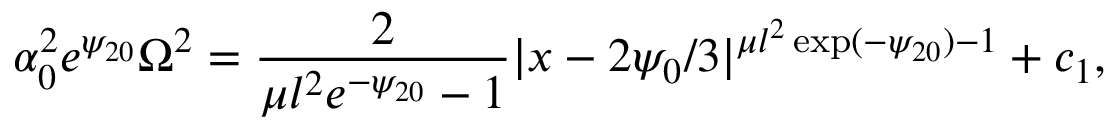
\alpha _ { 0 } ^ { 2 } e ^ { \psi _ { 2 0 } } \Omega ^ { 2 } = \frac { 2 } { \mu l ^ { 2 } e ^ { - \psi _ { 2 0 } } - 1 } | x - 2 \psi _ { 0 } / 3 | ^ { \mu l ^ { 2 } \exp ( - \psi _ { 2 0 } ) - 1 } + c _ { 1 } ,